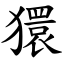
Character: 獧